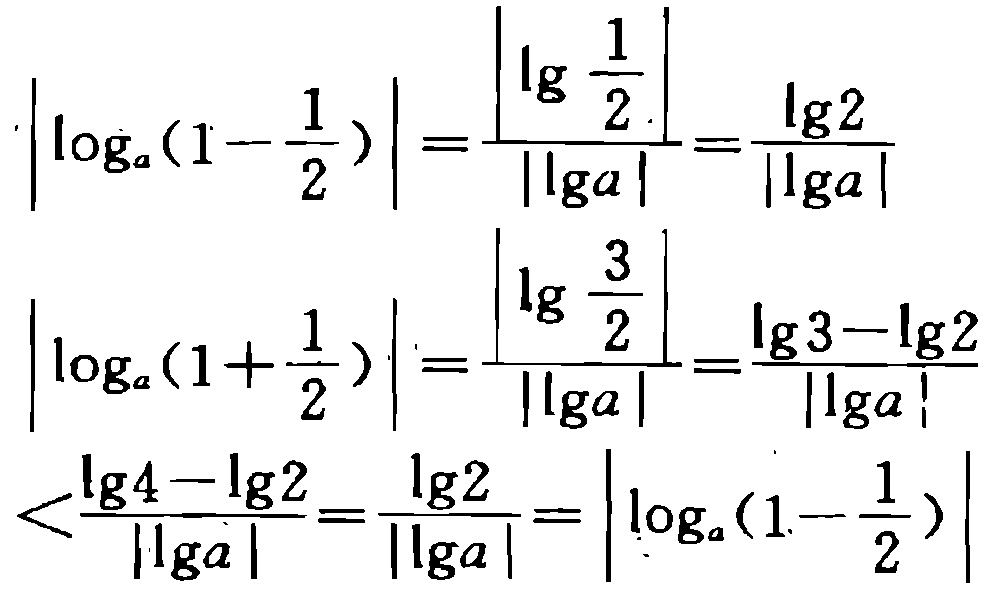
\[
\begin{align*}
\left|\log_{a}(1 - \frac{1}{2})\right|&=\frac{\left|\lg\frac{1}{2}\right|}{|\lg a|}=\frac{\lg2}{|\lg a|}\\
\left|\log_{a}(1 + \frac{1}{2})\right|&=\frac{\left|\lg\frac{3}{2}\right|}{|\lg a|}=\frac{\lg3 - \lg2}{|\lg a|}\\
&<\frac{\lg4 - \lg2}{|\lg a|}=\frac{\lg2}{|\lg a|}=\left|\log_{a}(1 - \frac{1}{2})\right|
\end{align*}
\]